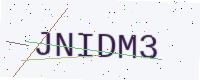
Text: JNIDM3